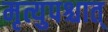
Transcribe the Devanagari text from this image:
मृत्युपश्चात्‌